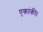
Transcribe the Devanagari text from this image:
एकांकी।